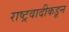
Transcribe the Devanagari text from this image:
राष्ट्रवादीकडून